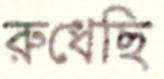
রুধেছি